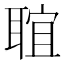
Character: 𦖑